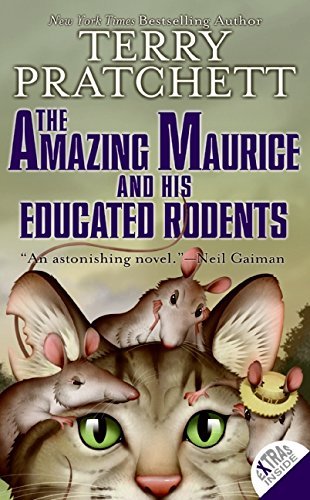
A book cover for The Amazing Maurice and His Educated Rodents (Discworld); Terry Pratchett; Teen & Young Adult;